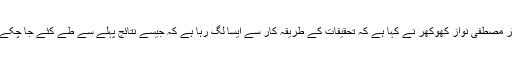
سینیٹر مصطفی نواز کھوکھر نے کہا ہے کہ تحقیقات کے طریقہ کار سے ایسا لگ رہا ہے کہ جیسے نتائج پہلے سے طے کئے جا چکے ہوں۔